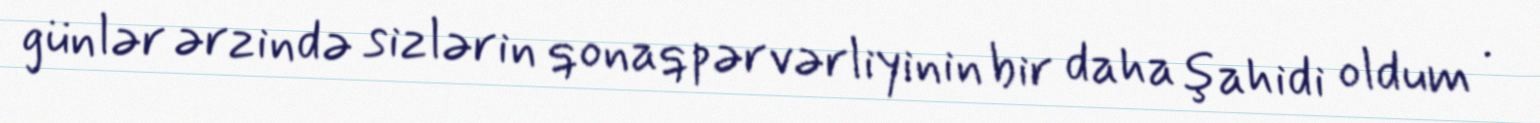
günlər ərzində sizlərin qonaqpərvərliyinin bir daha şahidi oldum .